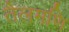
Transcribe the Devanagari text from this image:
तैलमणि